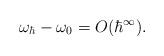
LaTeX: \begin{align*}\omega_\hbar-\omega_0=O(\hbar^\infty).\end{align*}